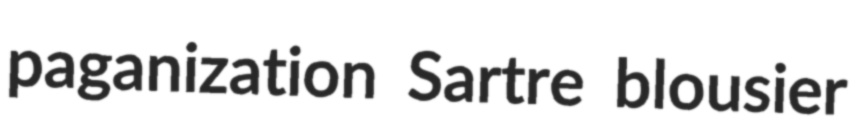
paganization Sartre blousier